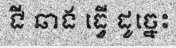
ជី ឆាង ធ្វើ ដូច្នេះ